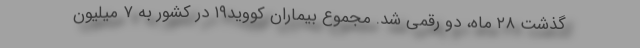
گذشت ۲۸ ماه، دو رقمی شد. مجموع بیماران کووید۱۹ در کشور به ۷ میلیون